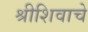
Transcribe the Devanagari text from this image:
श्रीशिवाचे